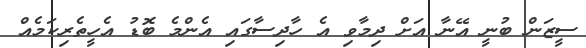
ސީޒަން ބުުނީ އޭނާ އަށް ދިމާވި އެ ހާދިސާގައި އެންމެ ބޮޑު އެހީތެރިކަމެއް